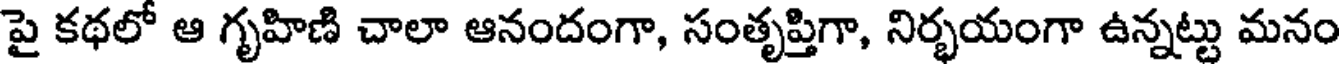
పై కథలో ఆ గృహిణి చాలా ఆనందంగా, సంతృప్తిగా, నిర్భయంగా ఉన్నట్టు మనం